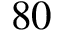
8 0